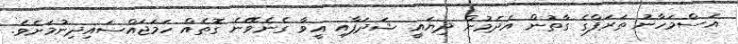
އަސްމަހާނު ތަރަފްގެ ގާތުން އެދެމުން ދިޔައީ ޝަދަފާއި އީވާ ގެނެވޭނެ ގޮތެއް ހަމަޖައްސައިދިނުމަށެވެ.